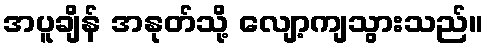
အပူချိန် အနုတ်သို့ လျော့ကျသွားသည်။